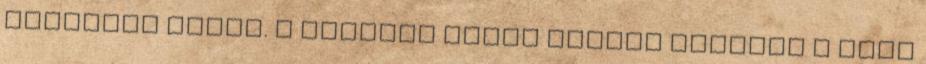
büntetőt ítélt. A sértett Cueva erőből magasan a kapu